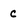
Character: c